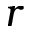
r